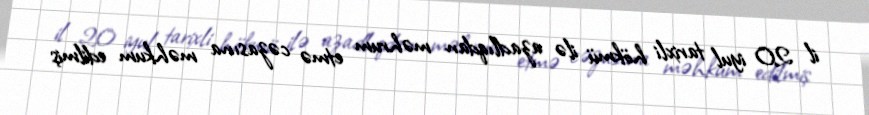
il 20 iyul tarixli hökmü ilə azadlıqdan məhrum etmə cəzasına məhkum edilmiş